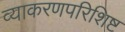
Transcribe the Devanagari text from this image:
व्याकरणपरिशिष्ट